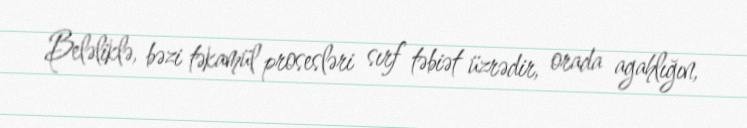
Beləliklə, bəzi təkamül prosesləri sırf təbiət üzrədir, orada agahlığın,